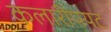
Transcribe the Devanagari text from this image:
कलारीपयट